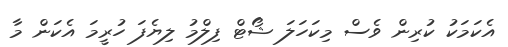
އެކަމަކު ކުރިން ވެސް މިކަހަލަ ޝޯޓް ފިލްމު ލިޔެފަ ހުރީމަ އެކަން މާ